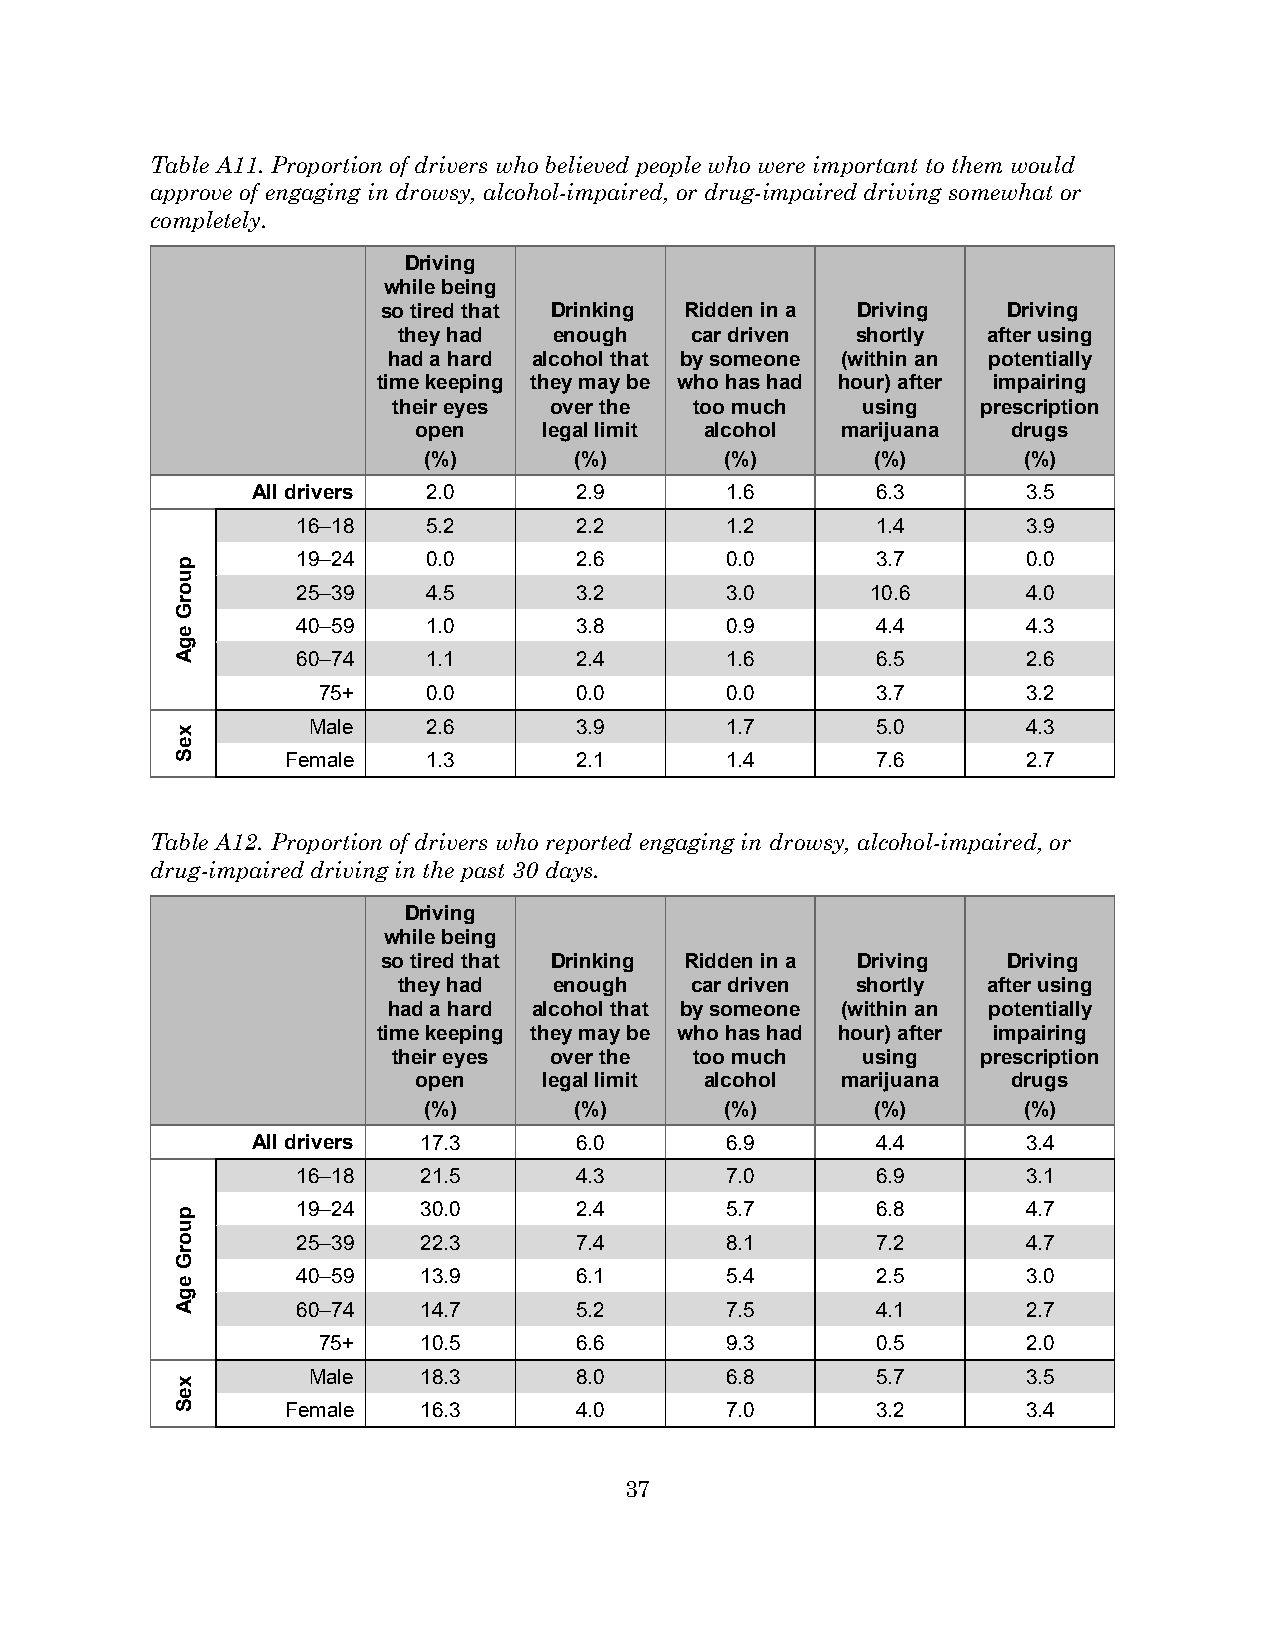
Table A11. Proportion of drivers who believed people who were important to them would
 approve of engaging in drowsy, alcohol-impaired, or drug-impaired driving somewhat or
 completely.
 Driving
 while being
 so tired that Drinking Ridden in a Driving Driving
 they had   enough   car driven shortly after using
 had a hard alcohol that by someone (within an potentially
 time keeping they may be who has had hour) after impairing
 their eyes over the too much   using   prescription
 open    legal limit alcohol marijuana  drugs
 (%)       (%)       (%)       (%)       (%)
 All drivers 2.0      2.9       1.6       6.3       3.5
 16–18   5.2       2.2       1.2       1.4       3.9
 19–24   0.0       2.6       0.0       3.7       0.0
 25–39   4.5       3.2       3.0       10.6      4.0
 40–59   1.0       3.8       0.9       4.4       4.3
 60–74   1.1       2.4       1.6       6.5       2.6
 75+    0.0       0.0       0.0       3.7       3.2
 Male    2.6       3.9       1.7       5.0       4.3
 Female   1.3       2.1       1.4       7.6       2.7
 Table A12. Proportion of drivers who reported engaging in drowsy, alcohol-impaired, or
 drug-impaired driving in the past 30 days.
 Driving
 while being
 so tired that Drinking Ridden in a Driving Driving
 they had   enough   car driven shortly after using
 had a hard alcohol that by someone (within an potentially
 time keeping they may be who has had hour) after impairing
 their eyes over the too much   using   prescription
 open    legal limit alcohol marijuana  drugs
 (%)       (%)       (%)       (%)       (%)
 All drivers 17.3     6.0       6.9       4.4       3.4
 16–18   21.5      4.3       7.0       6.9       3.1
 19–24   30.0      2.4       5.7       6.8       4.7
 25–39   22.3      7.4       8.1       7.2       4.7
 40–59   13.9      6.1       5.4       2.5       3.0
 60–74   14.7      5.2       7.5       4.1       2.7
 75+    10.5      6.6       9.3       0.5       2.0
 Male    18.3      8.0       6.8       5.7       3.5
 Female   16.3      4.0       7.0       3.2       3.4
 37
 puorG
 egA
 xeS
 puorG
 egA
 xeS